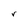
Character: r